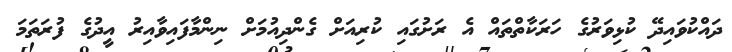
ދައްކުވައިދޭ ކުޅިވަރުގެ ހަރަކާތްތައް އެ ރަށުގައި ކުރިއަށް ގެންދިއުމަށް ނިންމާފައިވާއިރު އީދުގެ ފުރަތަމަ